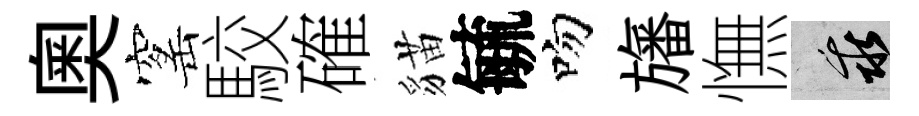
奥窰駮確貓毓吻旛憮乖